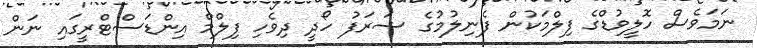
ނަމަވެސް ހޮލީވުޑްގެ ފިލްމަކުން ފެނިލުމުގެ ޝަރަފު ހޯދީ ދިވެހި ފިލްމް އިންޑަސްޓްރީގައި ނަން